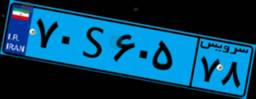
۷۰S۶۰۵۷۸